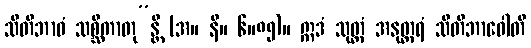
သီတိဘာဝံ သစ္ဆိကာတု”န္တိ (အ။ နိ။ ၆။၈၅)။ ဣဒံ သုတ္တံ အနုတ္တရံ သီတိဘာဝေါတိ